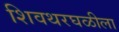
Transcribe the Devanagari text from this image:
शिवथरघळीला